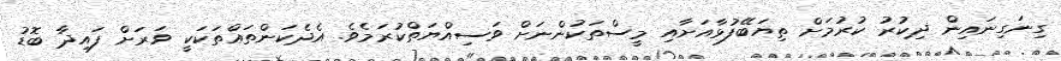
ގިނަގިނައިން ޛިކުރު ކުރުމަށް ތިޔަބޭފުޅާއަށާއި މީސްތަކުންނަށް ވަސިއްޔަތްކުރަމެވެ. އެދެކަންތައްތަކަކީ ވަރަށް ފައިދާ ބޮޑު